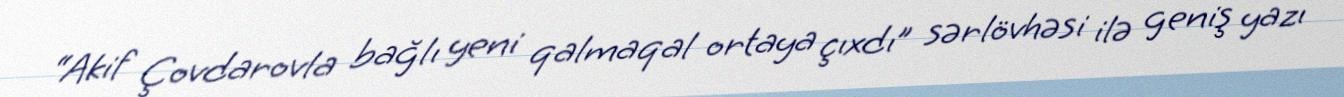
“Akif Çovdarovla bağlı yeni qalmaqal ortaya çıxdı” sərlövhəsi ilə geniş yazı